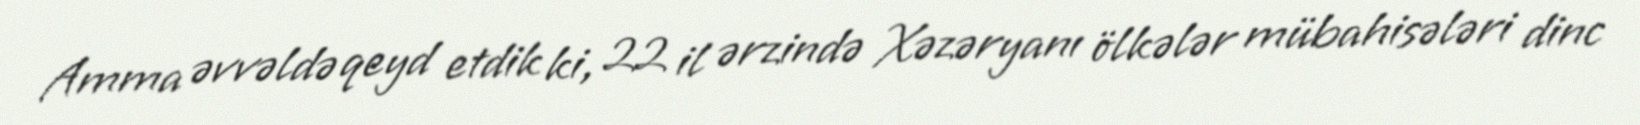
Amma əvvəldə qeyd etdik ki, 22 il ərzində Xəzəryanı ölkələr mübahisələri dinc